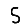
Digit: 5